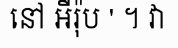
នៅ អឺរ៉ុប ' ។ វា